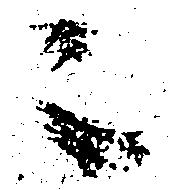
ニ